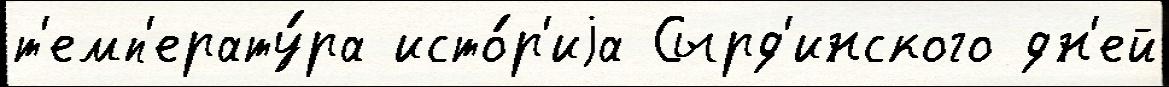
т'емп'ерату́ра исто́р'иjа Сырд'инского дн'ей